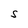
Character: S